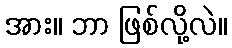
အား။ ဘာ ဖြစ်လို့လဲ။